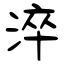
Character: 淬